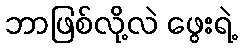
ဘာဖြစ်လို့လဲ ဖွေးရဲ့